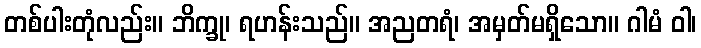
တစ်ပါးတုံလည်း။ ဘိက္ခု၊ ရဟန်းသည်။ အညတရံ၊ အမှတ်မရှိသော။ ဂါမံ ဝါ၊